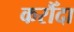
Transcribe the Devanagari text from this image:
करौँदा